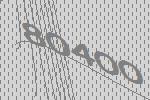
80400